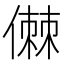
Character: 𠍷